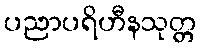
ပညာပရိဟီနသုတ္တ